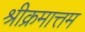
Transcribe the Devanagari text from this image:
श्रीक्रमात्तम